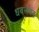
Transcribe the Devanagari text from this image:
धवलचंद्र